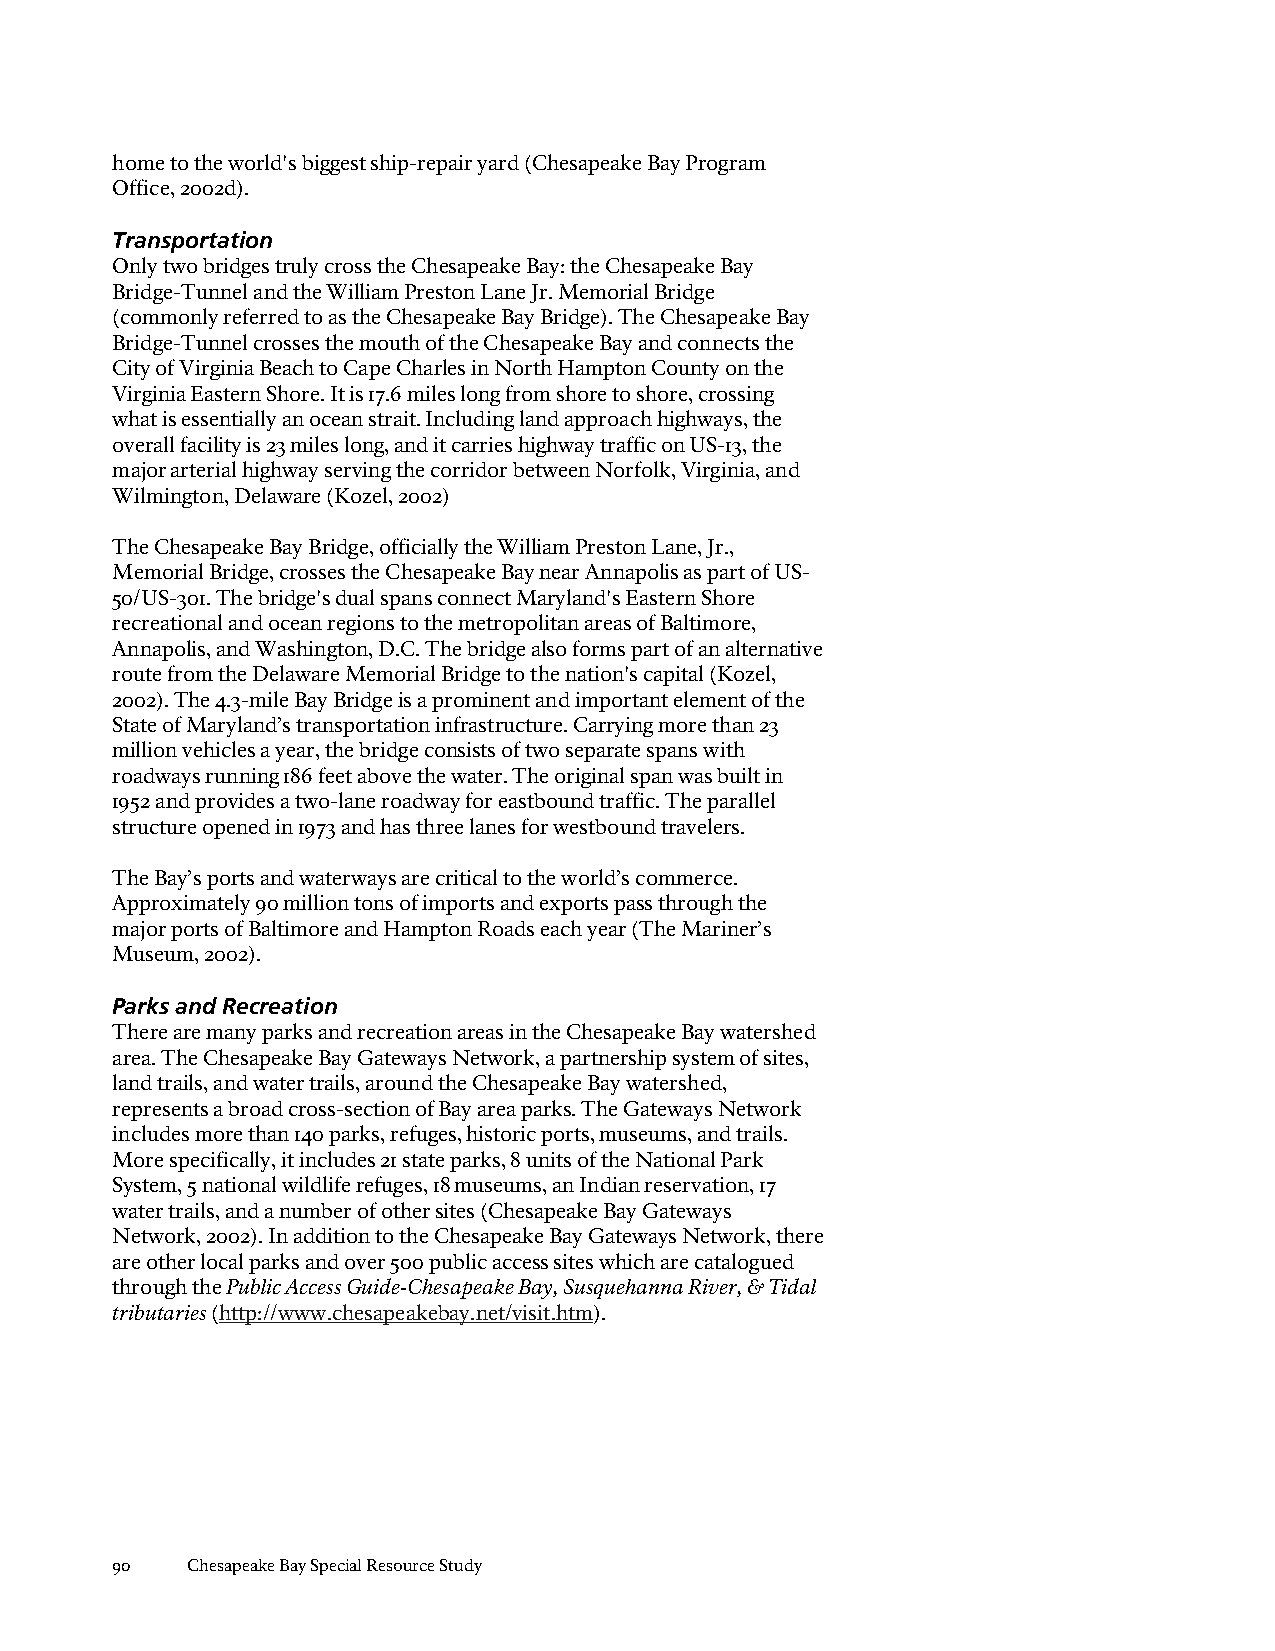
home to the world's biggest ship-repair yard (Chesapeake Bay Program
 Office, 2002d).
 Transportation
 Only two bridges truly cross the Chesapeake Bay: the Chesapeake Bay
 Bridge-Tunnel and the William Preston Lane Jr. Memorial Bridge
 (commonly referred to as the Chesapeake Bay Bridge). The Chesapeake Bay
 Bridge-Tunnel crosses the mouth of the Chesapeake Bay and connects the
 City of Virginia Beach to Cape Charles in North Hampton County on the
 Virginia Eastern Shore. It is 17.6 miles long from shore to shore, crossing
 what is essentially an ocean strait. Including land approach highways, the
 overall facility is 23 miles long, and it carries highway traffic on US-13, the
 major arterial highway serving the corridor between Norfolk, Virginia, and
 Wilmington, Delaware (Kozel, 2002)
 The Chesapeake Bay Bridge, officially the William Preston Lane, Jr.,
 Memorial Bridge, crosses the Chesapeake Bay near Annapolis as part of US-
 50/US-301. The bridge's dual spans connect Maryland's Eastern Shore
 recreational and ocean regions to the metropolitan areas of Baltimore,
 Annapolis, and Washington, D.C. The bridge also forms part of an alternative
 route from the Delaware Memorial Bridge to the nation's capital (Kozel,
 2002). The 4.3-mile Bay Bridge is a prominent and important element of the
 State of Maryland’s transportation infrastructure. Carrying more than 23
 million vehicles a year, the bridge consists of two separate spans with
 roadways running 186 feet above the water. The original span was built in
 1952 and provides a two-lane roadway for eastbound traffic. The parallel
 structure opened in 1973 and has three lanes for westbound travelers.
 The Bay’s ports and waterways are critical to the world’s commerce.
 Approximately 90 million tons of imports and exports pass through the
 major ports of Baltimore and Hampton Roads each year (The Mariner’s
 Museum, 2002).
 Parks and Recreation
 There are many parks and recreation areas in the Chesapeake Bay watershed
 area. The Chesapeake Bay Gateways Network, a partnership system of sites,
 land trails, and water trails, around the Chesapeake Bay watershed,
 represents a broad cross-section of Bay area parks. The Gateways Network
 includes more than 140 parks, refuges, historic ports, museums, and trails.
 More specifically, it includes 21 state parks, 8 units of the National Park
 System, 5 national wildlife refuges, 18 museums, an Indian reservation, 17
 water trails, and a number of other sites (Chesapeake Bay Gateways
 Network, 2002). In addition to the Chesapeake Bay Gateways Network, there
 are other local parks and over 500 public access sites which are catalogued
 through the Public Access Guide-Chesapeake Bay, Susquehanna River, & Tidal
 tributaries (http://www.chesapeakebay.net/visit.htm).
 90   Chesapeake Bay Special Resource Study